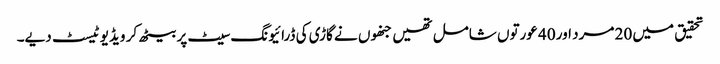
تحقیق میں 20 مرد اور 40 عورتوں شامل تھیں جنھوں نے گاڑی کی ڈرائیونگ سیٹ پر بیٹھ کر ویڈیو ٹیسٹ دیے۔